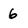
Character: 6